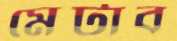
মেটাব